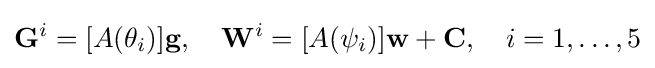
\mathbf {G} ^{i}=[A(\theta _{i})]\mathbf {g} ,\quad \mathbf {W} ^{i}=[A(\psi _{i})]\mathbf {w} +\mathbf {C} ,\quad i=1,\ldots ,5